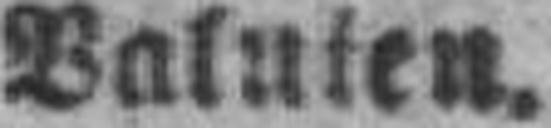
Valuten.